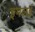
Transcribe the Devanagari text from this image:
इमलई